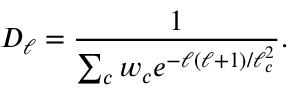
D _ { \ell } = { \frac { 1 } { \sum _ { c } w _ { c } e ^ { - \ell ( \ell + 1 ) / \ell _ { c } ^ { 2 } } } } .